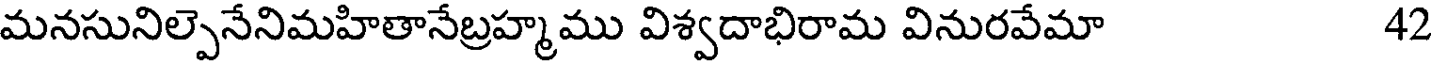
మనసునిల్పెనేనిమహితానేబ్రహ్మము విశ్వదాభిరామ వినురవేమా 42